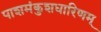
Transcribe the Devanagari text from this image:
पाशमंकुशधारिणम्